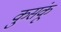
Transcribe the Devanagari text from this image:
कुसंकू